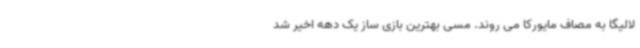
لالیگا به مصاف مایورکا می روند. مسی بهترین بازی ساز یک دهه اخیر شد